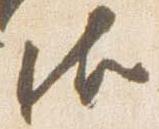
御